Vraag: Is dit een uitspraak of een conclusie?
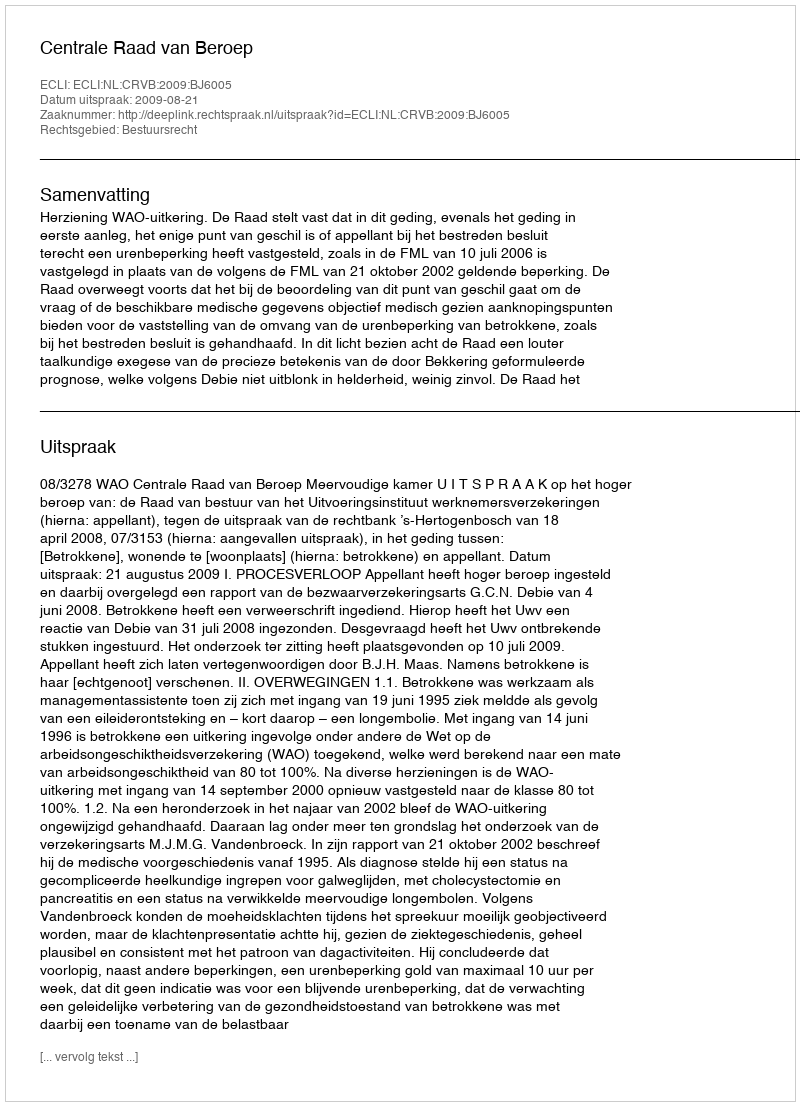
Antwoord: Uitspraak